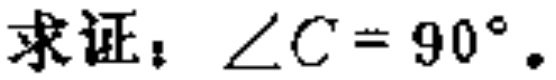
求证：\(\angle C = 90^{\circ}\)。